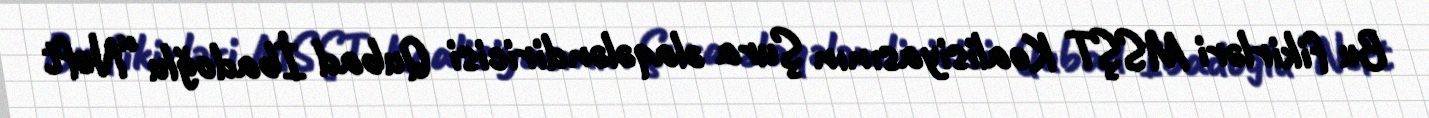
Bu fikirləri MSŞT Koalisiyasının Şura əlaqələndiricisi Qubad İbadoğlu “Neft